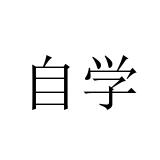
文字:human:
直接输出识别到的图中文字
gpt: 自学